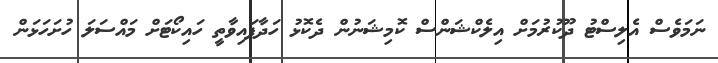
ނަމަވެސް އެލިސްޓު ދޫކުރުމަށް އިލެކްޝަންސް ކޮމިޝަނުން ދެކޮޅު ހަދާފައިވާތީ ހައިކޯޓަށް މައްސަލަ ހުށަހަޅަން